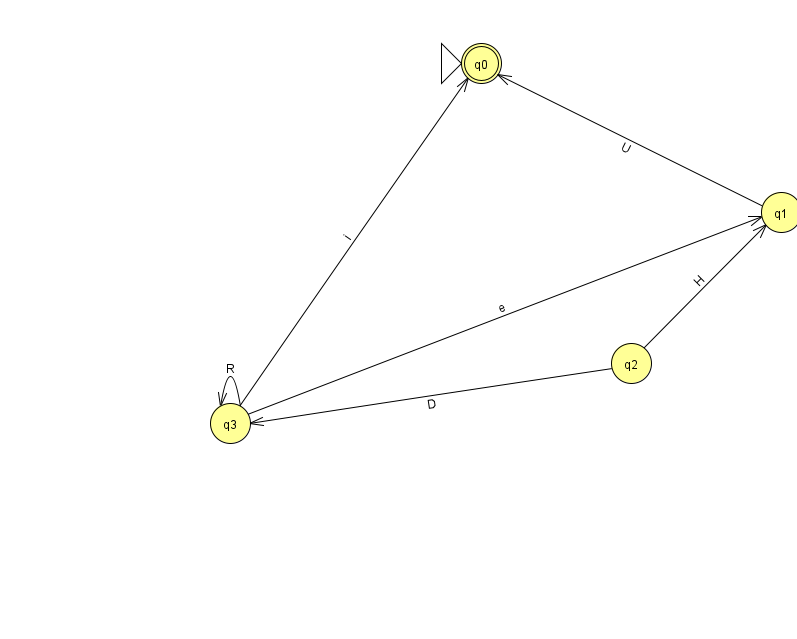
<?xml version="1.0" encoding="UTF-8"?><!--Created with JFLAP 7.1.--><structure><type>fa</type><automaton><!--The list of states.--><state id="0" name="q0"><x>481.0</x><y>50.0</y><initial/><final/></state><state id="1" name="q1"><x>781.0</x><y>199.0</y></state><state id="2" name="q2"><x>631.0</x><y>350.0</y></state><state id="3" name="q3"><x>230.0</x><y>410.0</y></state><!--The list of transitions.--><transition><from>2</from><to>3</to><read>D</read></transition><transition><from>3</from><to>3</to><read>R</read></transition><transition><from>2</from><to>1</to><read>H</read></transition><transition><from>3</from><to>0</to><read>i</read></transition><transition><from>3</from><to>1</to><read>e</read></transition><transition><from>1</from><to>0</to><read>U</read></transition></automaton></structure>